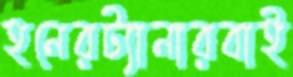
হনেরট্যানারবাই